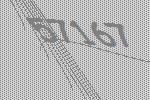
57167